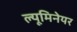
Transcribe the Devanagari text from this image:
ल्यूमिनेयर